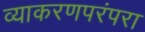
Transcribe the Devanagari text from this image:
व्याकरणपरंपरा